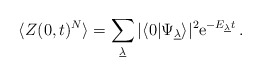
\begin{align*}\langle Z(0,t)^N \rangle = \sum_{\underline{\lambda}}|\langle 0|\Psi_{\underline{\lambda}}\rangle |^2\mathrm{e}^{-E_{\underline{\lambda}}t}\,.\end{align*}